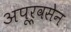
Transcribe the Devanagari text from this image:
अपूर्वसेन